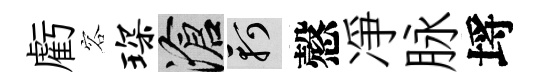
虧容琛滄軻慤凈脉埓